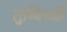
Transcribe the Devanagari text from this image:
तुम्बिच्ची